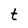
Character: t